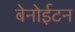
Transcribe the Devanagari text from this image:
बेनोईटन